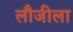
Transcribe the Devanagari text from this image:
लौजीला